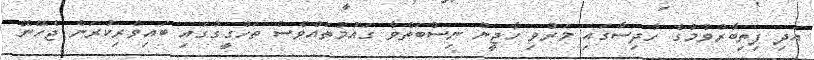
އަދި ފިތިބާރުވުމުގެ ހާދިސާގައި މަރުވި ހާޖީން ނިސްބަތްވާ ގައުމުތައްވެސް ތަހްގީގުގައި ބައިވެރިކުރަން ޖެހޭނޭ